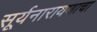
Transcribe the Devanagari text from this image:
सूर्यनारायणाचा